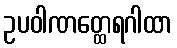
ဥပဝါဏတ္ထေရဂါထာ